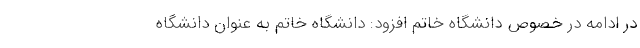
در ادامه در خصوص دانشگاه خاتم افزود: دانشگاه خاتم به عنوان دانشگاه